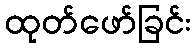
ထုတ်ဖော်ခြင်း